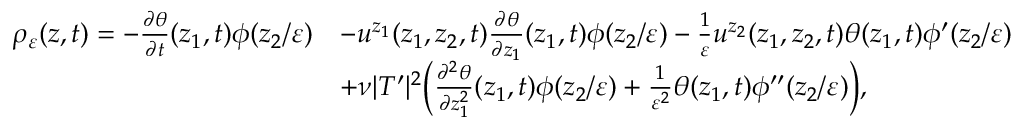
\begin{array} { r l } { \rho _ { \varepsilon } ( z , t ) = - \frac { \partial \theta } { \partial t } ( z _ { 1 } , t ) \phi ( z _ { 2 } / \varepsilon ) } & { - u ^ { z _ { 1 } } ( z _ { 1 } , z _ { 2 } , t ) \frac { \partial \theta } { \partial z _ { 1 } } ( z _ { 1 } , t ) \phi ( z _ { 2 } / \varepsilon ) - \frac { 1 } { \varepsilon } u ^ { z _ { 2 } } ( z _ { 1 } , z _ { 2 } , t ) \theta ( z _ { 1 } , t ) \phi ^ { \prime } ( z _ { 2 } / \varepsilon ) } \\ & { + \nu | T ^ { \prime } | ^ { 2 } \Big ( \frac { \partial ^ { 2 } \theta } { \partial z _ { 1 } ^ { 2 } } ( z _ { 1 } , t ) \phi ( z _ { 2 } / \varepsilon ) + \frac { 1 } { \varepsilon ^ { 2 } } \theta ( z _ { 1 } , t ) \phi ^ { \prime \prime } ( z _ { 2 } / \varepsilon ) \Big ) , } \end{array}